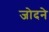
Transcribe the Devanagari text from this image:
जोदने